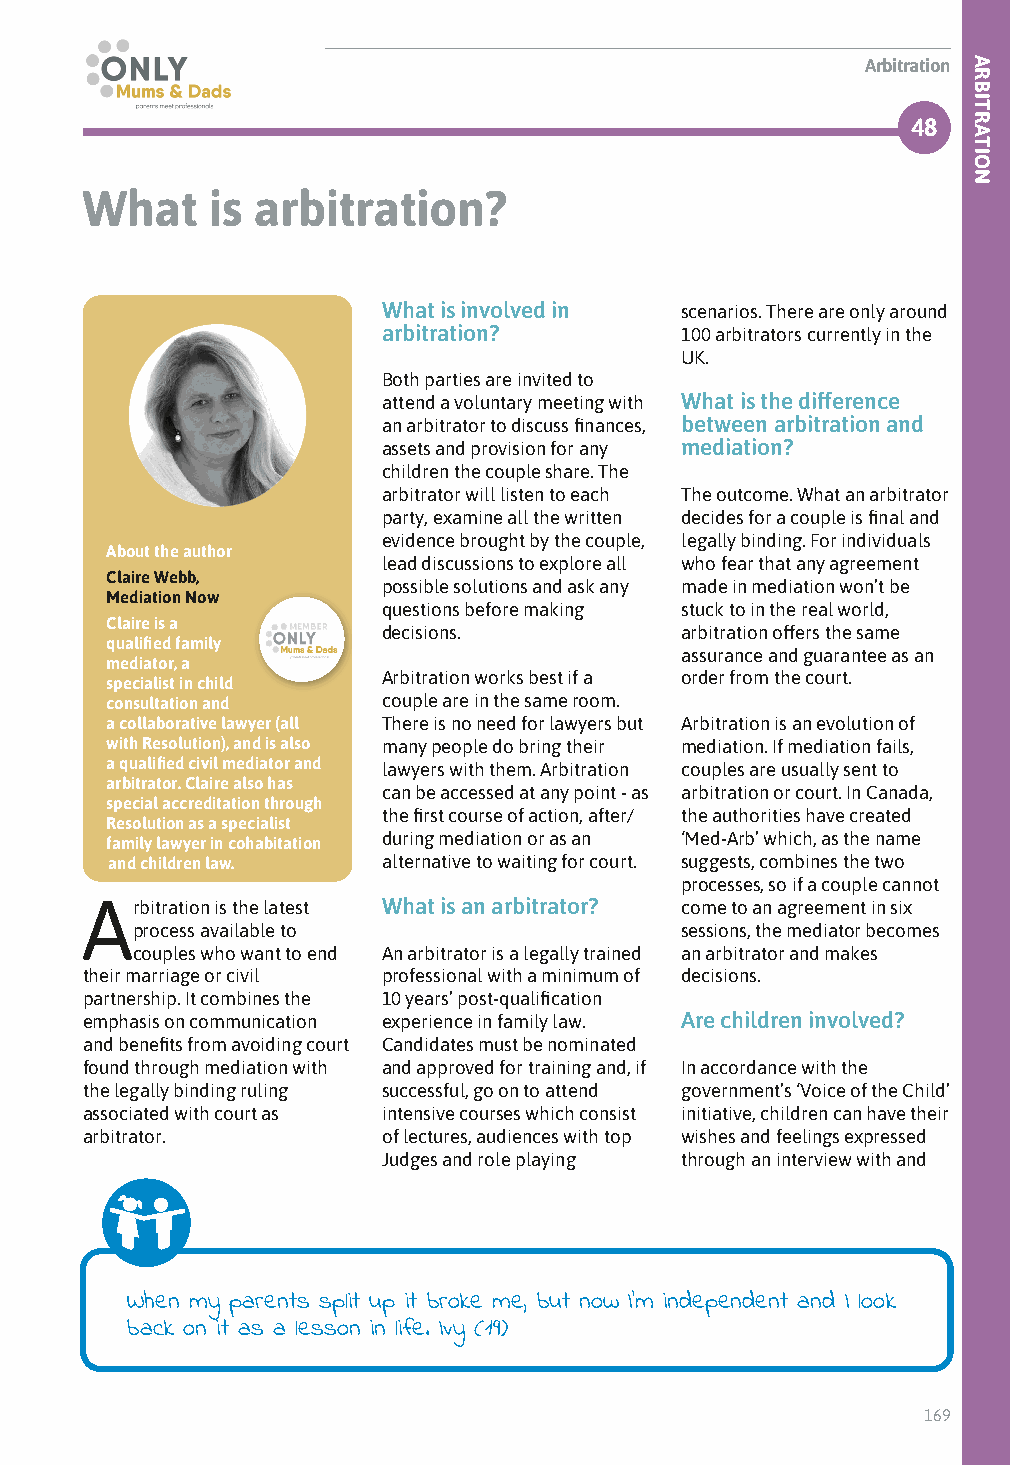
Arbitration
 48
 What     is arbitration?
 What is involved in scenarios. There are only around
 arbitration?        100 arbitrators currently in the
 UK.
 Both parties are invited to
 attend a voluntary meeting with What is the difference
 an arbitrator to discuss finances, between arbitration and
 assets and provision for any mediation?
 children the couple share. The
 arbitrator will listen to each The outcome. What an arbitrator
 party, examine all the written decides for a couple is final and
 evidence brought by the couple, legally binding. For individuals
 About the author
 lead discussions to explore all who fear that any agreement
 Claire Webb,
 possible solutions and ask any made in mediation won’t be
 Mediation Now
 questions before making stuck to in the real world,
 Claire is a
 decisions.          arbitration offers the same
 qualified family
 assurance and guarantee as an
 mediator, a
 Arbitration works best if a order from the court.
 specialist in child
 consultation and  couple are in the same room.
 a collaborative lawyer (all There is no need for lawyers but Arbitration is an evolution of
 with Resolution), and is also many people do bring their mediation. If mediation fails,
 a qualified civil mediator and lawyers with them. Arbitration couples are usually sent to
 arbitrator. Claire also has
 can be accessed at any point - as arbitration or court. In Canada,
 special accreditation through
 the first course of action, after/ the authorities have created
 Resolution as a specialist
 during mediation or as an ‘Med-Arb’ which, as the name
 family lawyer in cohabitation
 and children law. alternative to waiting for court. suggests, combines the two
 processes, so if a couple cannot
 Arbitration is the latest What is an arbitrator? come to an agreement in six
 process available to                sessions, the mediator becomes
 couples who want to end An arbitrator is a legally trained an arbitrator and makes
 their marriage or civil professional with a minimum of decisions.
 partnership. It combines the 10 years’ post-qualification
 emphasis on communication experience in family law. Are children involved?
 and benefits from avoiding court Candidates must be nominated
 found through mediation with and approved for training and, if In accordance with the
 the legally binding ruling successful, go on to attend government’s ‘Voice of the Child’
 associated with court as intensive courses which consist initiative, children can have their
 arbitrator.         of lectures, audiences with top wishes and feelings expressed
 Judges and role playing through an interview with and
 When my parents split up it broke me, but now I’m independent and I look
 back on it as a lesson in life. Ivy (19)
 169
 ARBITRATION